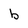
Character: b